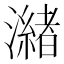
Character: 𭳌